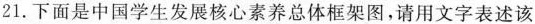
21. 下面是中国学生发展核心素养总体框架图，请用文字表述该